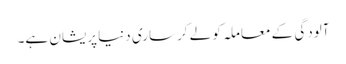
آلودگی کے معاملہ کو لے کرساری دنیا پریشان ہے۔